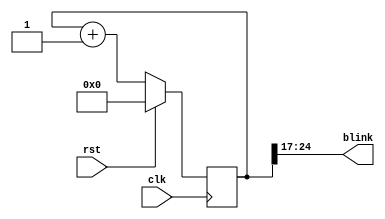
module blinker(
    input clk,
    input rst,
    output [7:0] blink
    );
 
reg [24:0] counter_d, counter_q;
 
assign blink[7:0] = counter_q[24:17];
 
always @(counter_q) begin
    counter_d = counter_q + 1'b1;
end
 
always @(posedge clk) begin
    if (rst) begin
        counter_q <= 25'b0;
    end else begin
        counter_q <= counter_d;
    end
end
 
endmodule